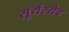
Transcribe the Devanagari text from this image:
सूर्यस्येव